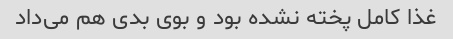
غذا کامل پخته نشده بود و بوی بدی هم می‌داد